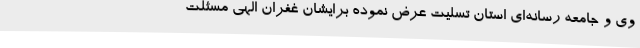
وی و جامعه رسانه‌ای استان تسلیت عرض نموده برایشان غفران الهی مسئلت